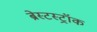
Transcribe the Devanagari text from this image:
ब्रेस्टस्ट्रॉक